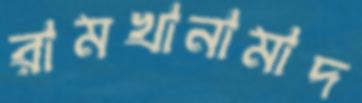
রামখানামাদ